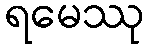
ရမေဿု